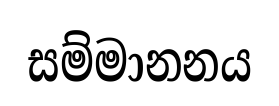
සම්මානනය